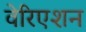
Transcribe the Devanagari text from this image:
वेरिएशन